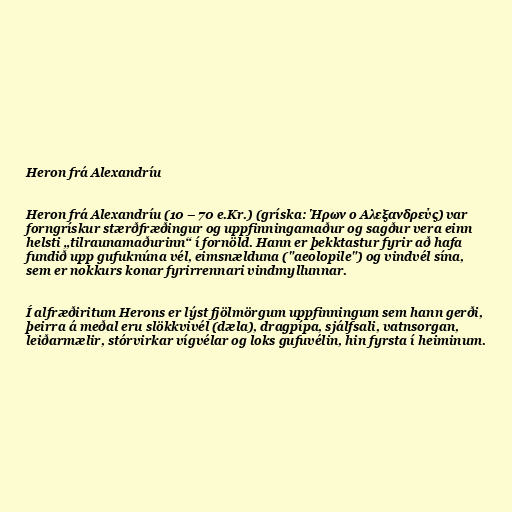
Heron frá Alexandríu

Heron frá Alexandríu (10 – 70 e.Kr.) (gríska: Ήρων ο Αλεξανδρεύς) var
forngrískur stærðfræðingur og uppfinningamaður og sagður vera einn
helsti „tilraunamaðurinn“ í fornöld. Hann er þekktastur fyrir að hafa
fundið upp gufuknúna vél, eimsnælduna ("aeolopile") og vindvél sína,
sem er nokkurs konar fyrirrennari vindmyllunnar.

Í alfræðiritum Herons er lýst fjölmörgum uppfinningum sem hann gerði,
þeirra á meðal eru slökkvivél (dæla), dragpípa, sjálfsali, vatnsorgan,
leiðarmælir, stórvirkar vígvélar og loks gufuvélin, hin fyrsta í heiminum.